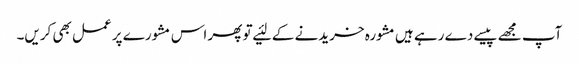
آپ مجھے پیسے دے رہے ہیں‌مشورہ خریدنے کے لئیے تو پھر اس مشورے پر عمل بھی کریں‌۔